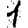
Digit: 1